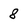
Character: 8